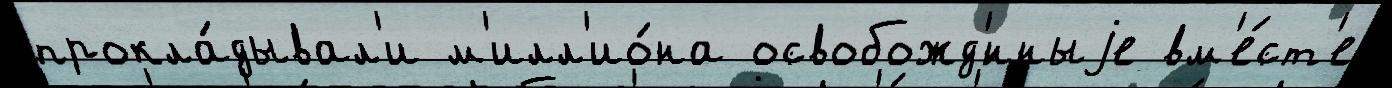
прокла́дывал'и м'илл'ио́на освобожд'́нныjе вм'е́ст'е